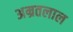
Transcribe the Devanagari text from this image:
अम्रतलाल